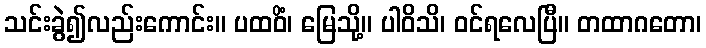
သင်းခွဲ၍လည်းကောင်း။ ပထဝိံ၊ မြေသို့။ ပါဝိသိ၊ ဝင်ရလေပြီ။ တထာဂတော၊